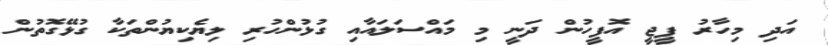
އަދި މިހާރު ޕީޖީ އޮފީހުން ދަނީ މި މައްސަލައާއި ގުޅުންހުރި ލިޔެކިޔުންތަކާ ގުޅޭގޮތުން